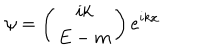
LaTeX: \psi = \left( \begin{array} { c } { { i k } } \\ { { E - m } } \\ \end{array} \right) e ^ { i k x }